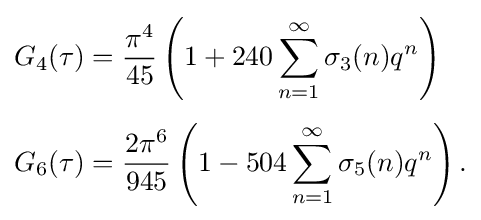
{\begin{aligned}G_{4}(\tau )&={\frac {\pi ^{4}}{45}}\left(1+240\sum _{n=1}^{\infty }\sigma _{3}(n)q^{n}\right)\\[4pt]G_{6}(\tau )&={\frac {2\pi ^{6}}{945}}\left(1-504\sum _{n=1}^{\infty }\sigma _{5}(n)q^{n}\right).\end{aligned}}